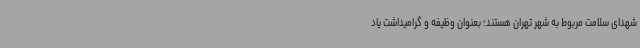
شهدای سلامت مربوط به شهر تهران هستند؛ بعنوان وظیفه و گرامیداشت یاد